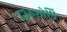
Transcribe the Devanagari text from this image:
तिरुमोष़ि